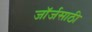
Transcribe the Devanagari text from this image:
जॉर्जसाठी